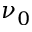
\nu _ { 0 }